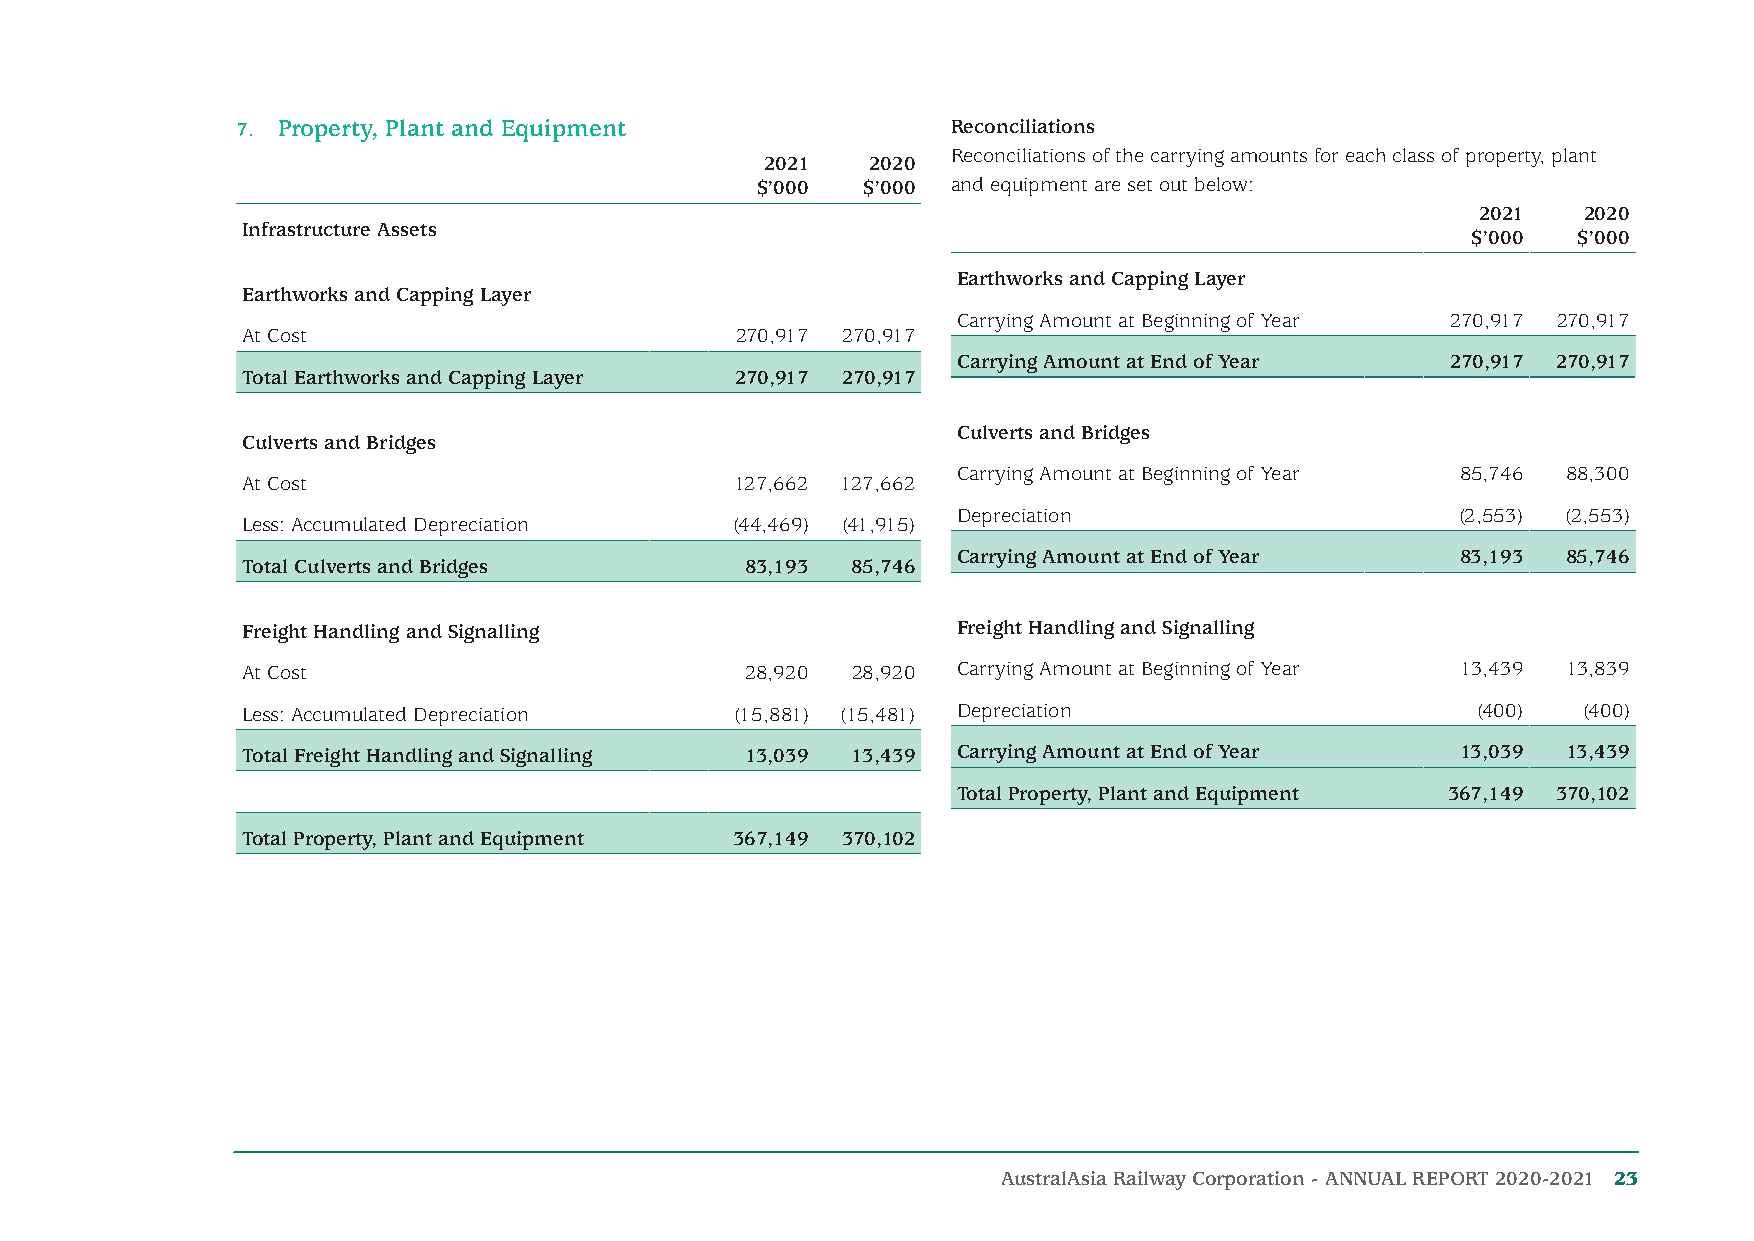
7. Property, Plant and Equipment               Reconciliations
 Reconciliations of the carrying amounts for each class of property, plant
 2021   2020
 $’000  $’000 and equipment are set out below:
 2021   2020
 Infrastructure Assets
 $’000  $’000
 Earthworks and Capping Layer
 Earthworks and Capping Layer
 Carrying Amount at Beginning of Year 270,917 270,917
 At Cost                          270,917 270,917
 Carrying Amount at End of Year   270,917 270,917
 Total Earthworks and Capping Layer 270,917 270,917
 Culverts and Bridges
 Culverts and Bridges
 Carrying Amount at Beginning of Year 85,746 88,300
 At Cost                          127,662 127,662
 Depreciation                      (2,553) (2,553)
 Less: Accumulated Depreciation   (44,469) (41,915)
 Carrying Amount at End of Year    83,193 85,746
 Total Culverts and Bridges       83,193 85,746
 Freight Handling and Signalling                Freight Handling and Signalling
 At Cost                          28,920 28,920 Carrying Amount at Beginning of Year 13,439 13,839
 Less: Accumulated Depreciation   (15,881) (15,481) Depreciation                   (400)  (400)
 Total Freight Handling and Signalling 13,039 13,439 Carrying Amount at End of Year 13,039 13,439
 Total Property, Plant and Equipment 367,149 370,102
 Total Property, Plant and Equipment 367,149 370,102
 AustralAsia Railway Corporation - ANNUAL REPORT 2020-2021 23